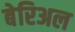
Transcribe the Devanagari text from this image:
बेरिअल